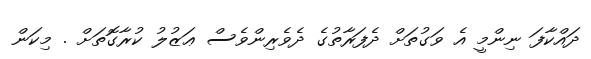
ދައްކާފަ ނިންމީ އެ ވަގުތަށް ދެފަރާތުގެ ދެވެރިންވެސް ޢަޒުލު ކުރާގޮތަށް . މިކަން